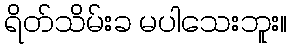
ရိတ်သိမ်းခ မပါသေးဘူး။